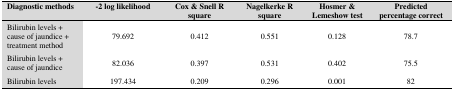
<table><thead><tr><td><b>Diagnostic methods</b></td><td><b>-2 log likelihood</b></td><td><b>Cox &amp; Snell R square</b></td><td><b>Nagelkerke R square</b></td><td colspan="2"><b>Hosmer &amp; Lemeshow test</b></td><td><b>Predicted percentage correct</b></td></tr></thead><tbody><tr><td>Bilirubin levels + cause of jaundice + treatment method</td><td>79.692</td><td>0.412</td><td>0.551</td><td>0.128</td><td colspan="2">78.7</td></tr><tr><td>Bilirubin levels + cause of jaundice</td><td>82.036</td><td>0.397</td><td>0.531</td><td>0.402</td><td colspan="2">75.5</td></tr><tr><td>Bilirubin levels</td><td>197.434</td><td>0.209</td><td>0.296</td><td>0.001</td><td colspan="2">82</td></tr></tbody></table>